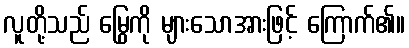
လူတို့သည် မြွေကို များသောအားဖြင့် ကြောက်၏။